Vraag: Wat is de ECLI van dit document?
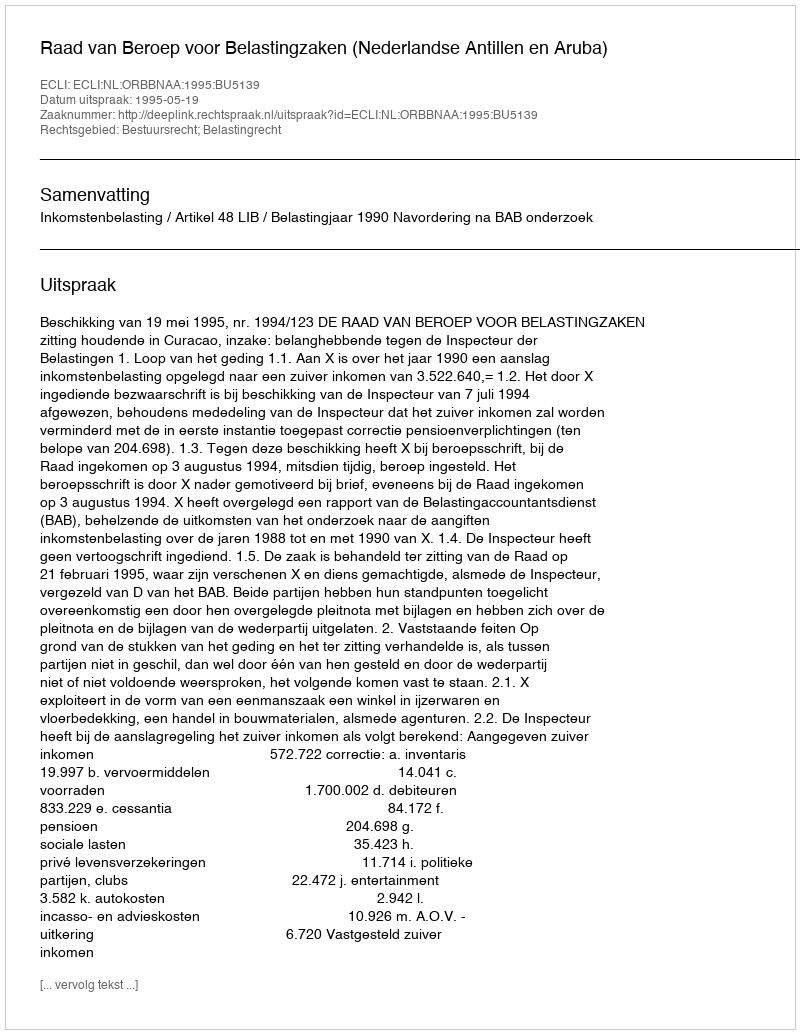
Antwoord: ECLI:NL:ORBBNAA:1995:BU5139